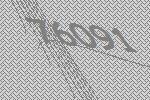
76091